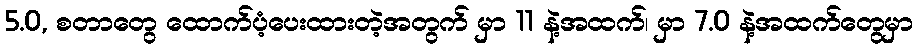
5.0, စတာတွေ ထောက်ပံ့ပေးထားတဲ့အတွက် မှာ 11 နဲ့အထက်၊ မှာ 7.0 နဲ့အထက်တွေမှာ